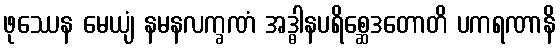
ဖုဿေန မေယျံ နမနလက္ခဏံ အဒ္ဓါနပရိစ္ဆေဒတောတိ ပကရဏာနိ